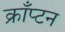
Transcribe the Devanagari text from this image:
क्राँप्टन